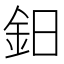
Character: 鈤